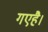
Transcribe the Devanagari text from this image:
गएहै।